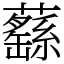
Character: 蘨